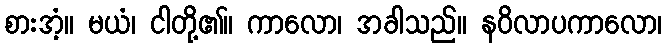
စားအံ့။ မယံ၊ ငါတို့၏။ ကာလော၊ အခါသည်။ နဝိလာပကာလော၊